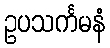
ဥပသင်္ကမနံ